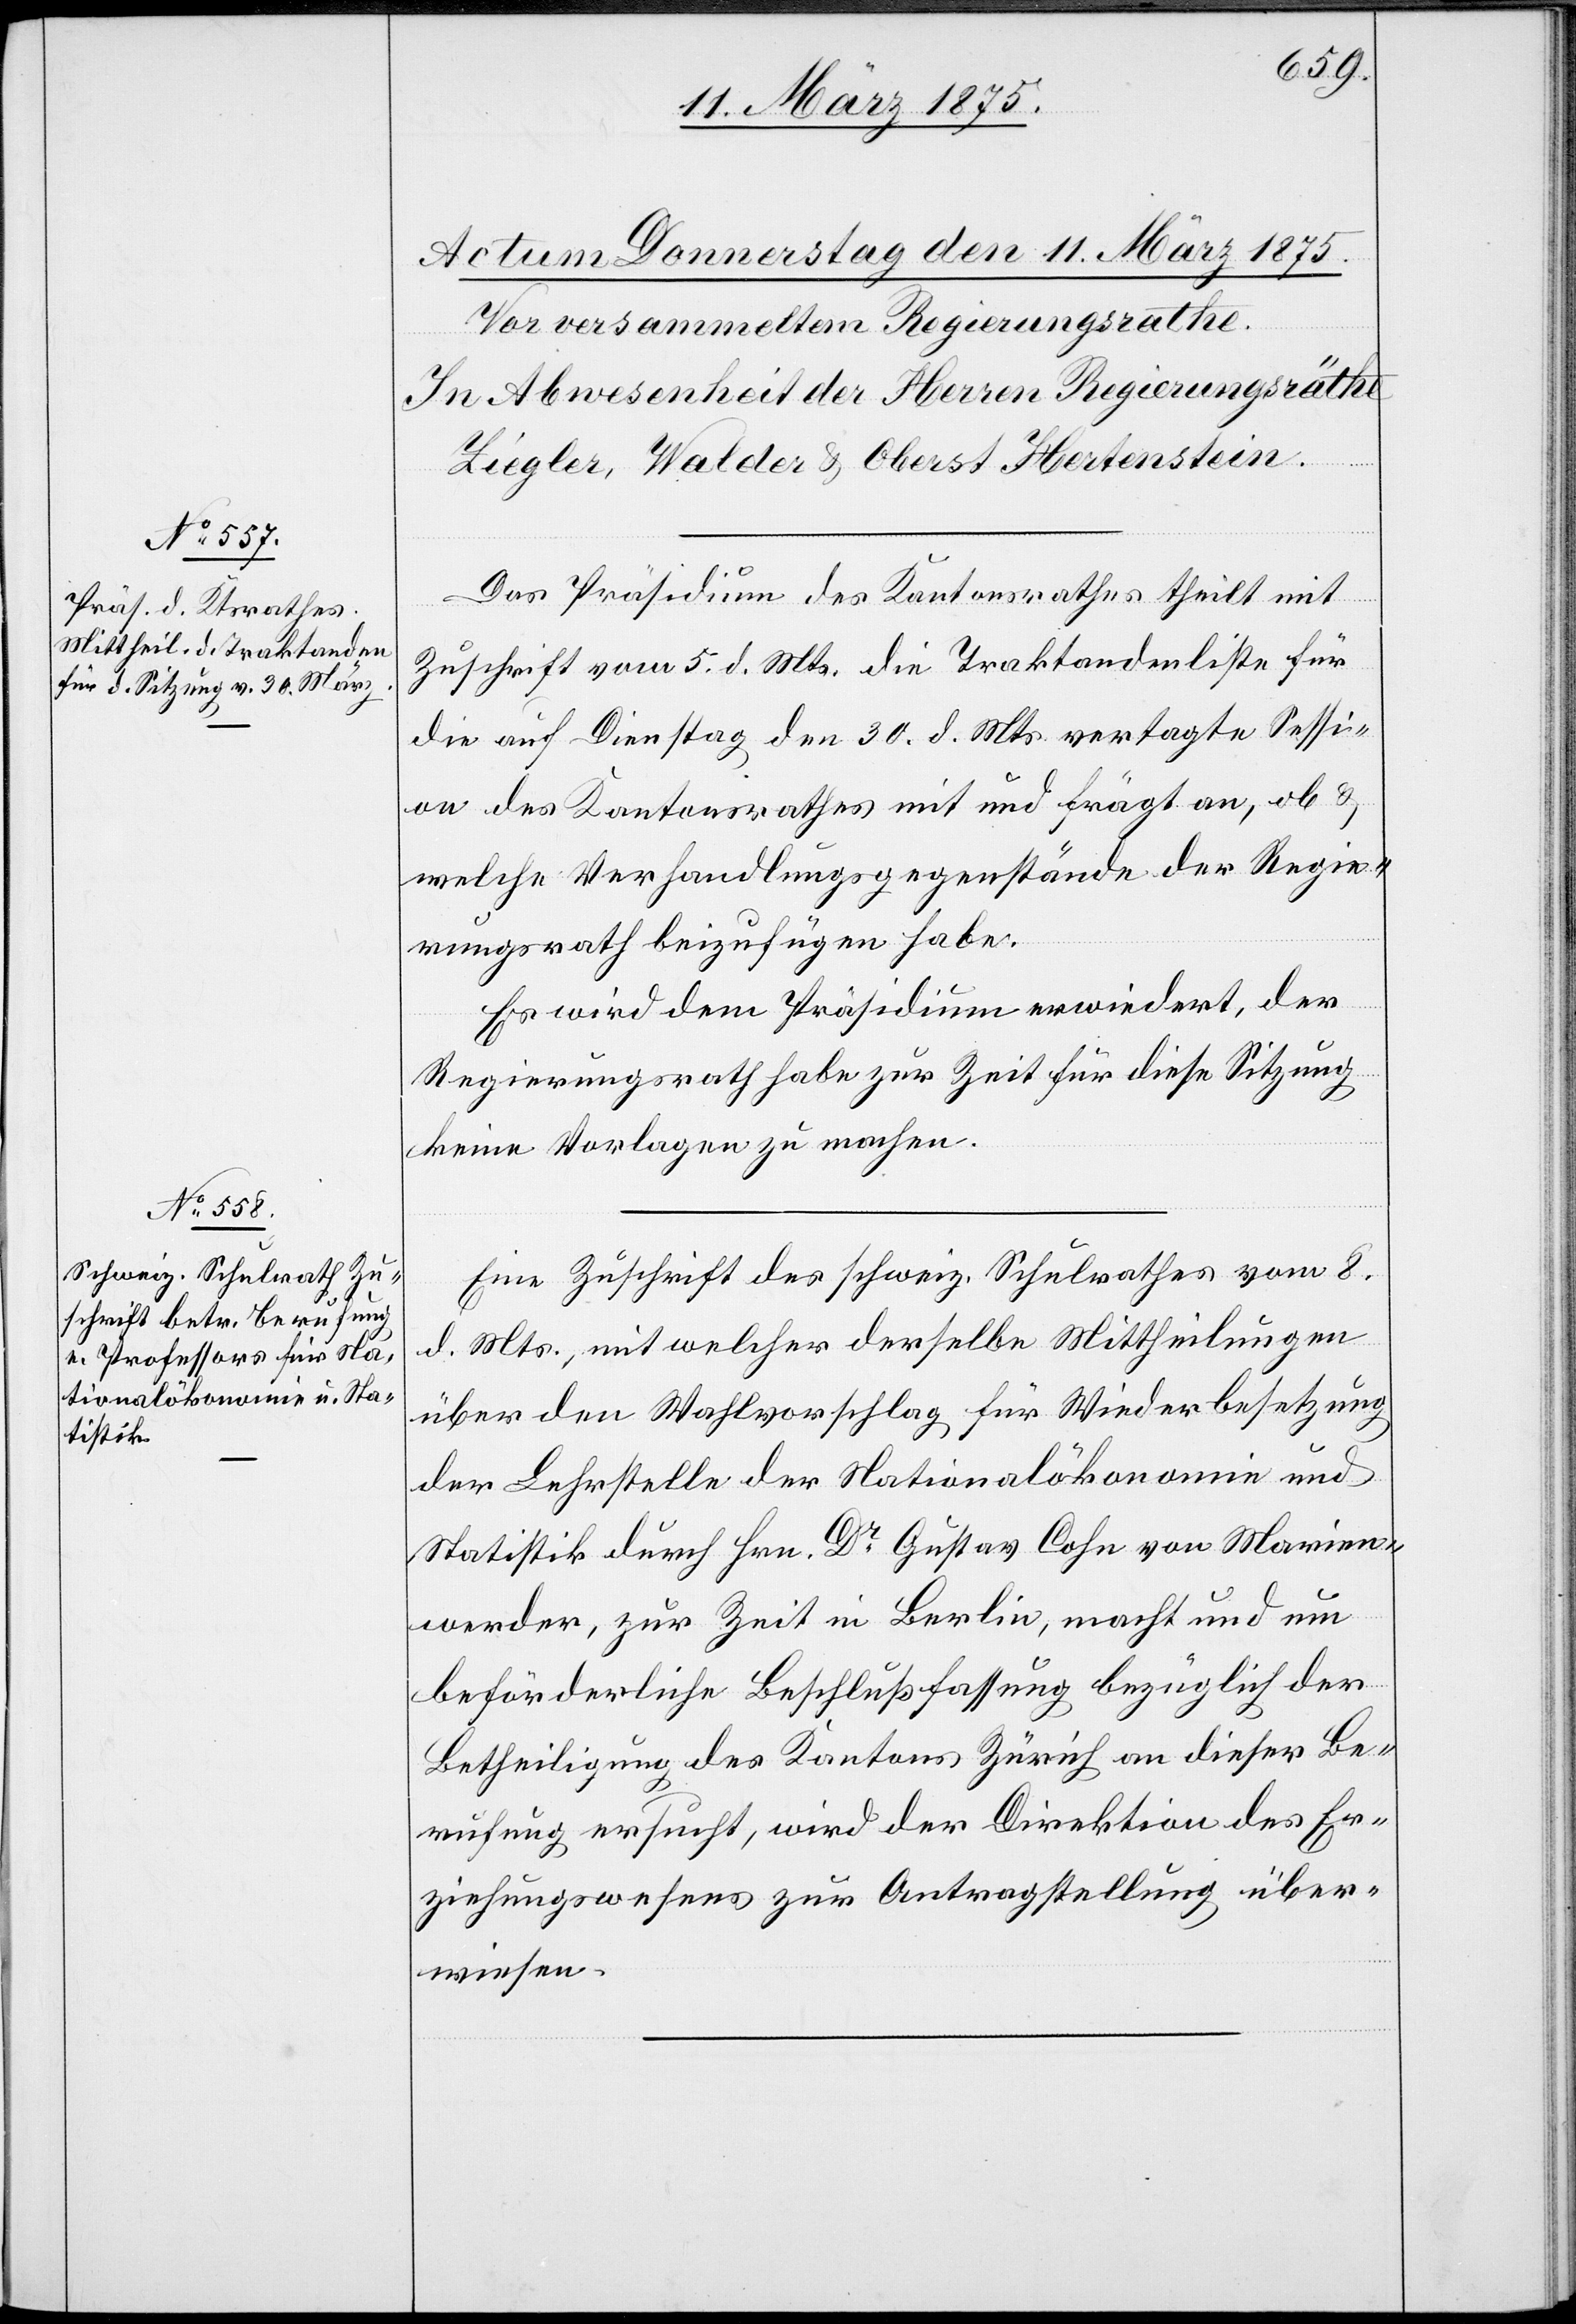
Das Präsidium des Kantonsrathes theilt mit
Zuschrift vom 5. d. Mts. die Traktandenliste für
die auf Dienstag den 30. d. Mts. vertagte Sessi¬
on des Kantonsrathes mit und frägt an, ob &
welche Verhandlungsgegenstände der Regie¬
rungsrath beizufügen habe.
Es wird dem Präsidium erwiedert, der
Regierungsrath habe zur Zeit für diese Sitzung
keine Vorlagen zu machen.
Eine Zuschrift des schweiz. Schulrathes vom 8.
d. Mts., mit welcher derselbe Mittheilungen
über den Wahlvorschlag für Wiederbesetzung
der Lehrstelle der Nationalökonomie und
Statistik durch Hrn. Dr Gustav Cohn von Marien¬
werder, zur Zeit in Berlin, macht und um
beförderliche Beschlußfassung bezüglich der
Betheiligung des Kantons Zürich an dieser Be¬
rufung ersucht, wird der Direktion des Er¬
ziehungswesens zur Antragstellung über¬
wiesen.